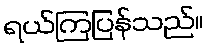
ရယ်ကြပြန်သည်။